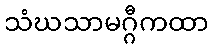
သံဃသာမဂ္ဂီကထာ